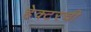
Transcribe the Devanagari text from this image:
हेक्टरची